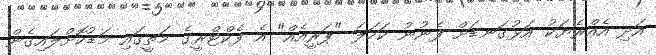
އަދި އެއްރެޔަކު އަޅުގަނޑަށް ފެނުނު ކަހަލަ "ޕަރީއެއް" އެ ފެކްޓްރީގެ މަތީގައި މަޑުކޮށްލައިގެން